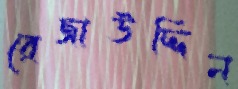
রেজাউদ্দিন